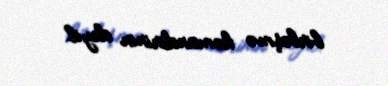
birləşmə komandirinin deyil.